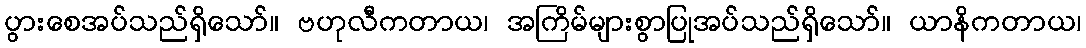
ပွားစေအပ်သည်ရှိသော်။ ဗဟုလီကတာယ၊ အကြိမ်များစွာပြုအပ်သည်ရှိသော်။ ယာနိကတာယ၊